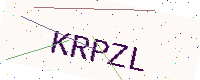
Text: KRPZL